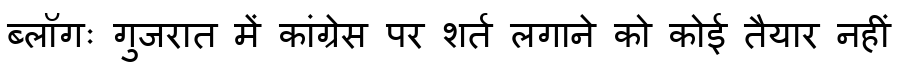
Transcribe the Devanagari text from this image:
ब्लॉगः गुजरात में कांग्रेस पर शर्त लगाने को कोई तैयार नहीं